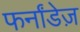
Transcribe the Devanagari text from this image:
फर्नांडेज़